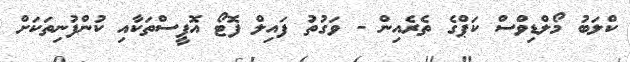
ކްލަބު މޯލްޑިވްސް ކަޕްގެ ތެރެއިން - ވަގުތު ފައިލް ފޮޓޯ އޮފީސްތަކާއި ކުންފުނިތަކަށް